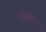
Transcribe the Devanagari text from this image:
पॉरोब